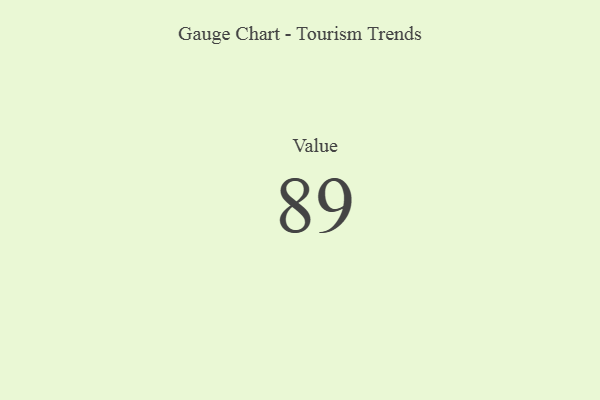
{"axis": {"x": "Metric", "y": "Value"}, "legend": [""], "data": [{"x": "Value", "y": 89, "type": ""}]}